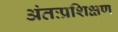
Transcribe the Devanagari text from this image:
अंतःप्रशिक्षण